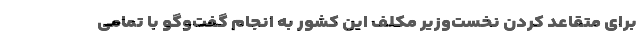
برای متقاعد کردن نخست‌وزیر مکلف این کشور به انجام گفت‌وگو با تمامی